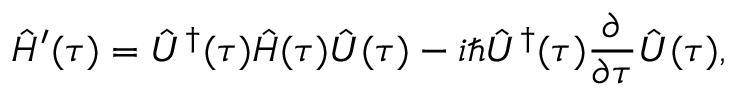
\hat { H } ^ { \prime } ( \tau ) = \hat { U } ^ { \dagger } ( \tau ) \hat { H } ( \tau ) \hat { U } ( \tau ) - i \hbar \hat { U } ^ { \dagger } ( \tau ) \frac { \partial } { \partial \tau } \hat { U } ( \tau ) ,